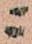
ニ